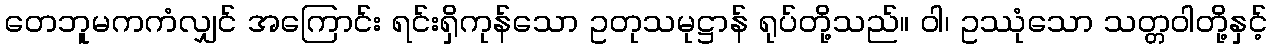
တေဘူမကကံလျှင် အကြောင်း ရင်းရှိကုန်သော ဥတုသမုဋ္ဌာန် ရုပ်တို့သည်။ ဝါ၊ ဥဿုံသော သတ္တဝါတို့နှင့်